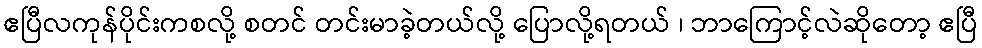
ဧပြီလကုန်ပိုင်းကစလို့ စတင် တင်းမာခဲ့တယ်လို့ ပြောလို့ရတယ် ၊ ဘာကြောင့်လဲဆိုတော့ ဧပြီ